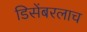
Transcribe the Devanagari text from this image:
डिसेंबरलाच